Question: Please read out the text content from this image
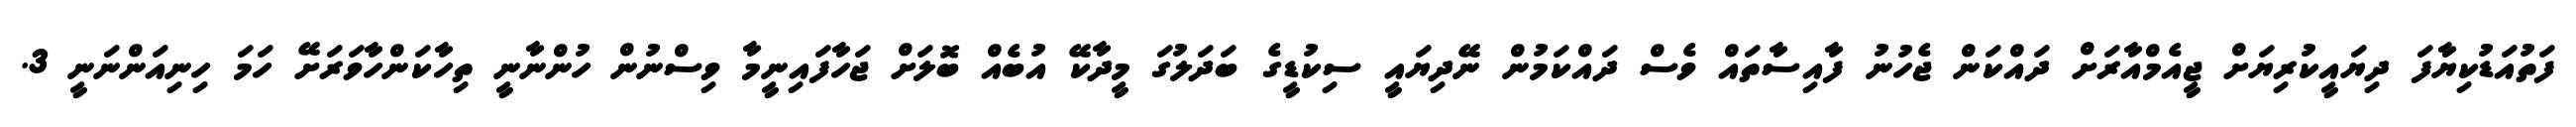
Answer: ފަތުއަޑުކިޔާފަ ދިޔައީކުރިޔަށް ޖީއެމްއާރަށް ދައްކަން ޖެހުނު ފާއިސާތައް ވެސް ދައްކަމުން ނޭދިޔައީ ސިކުޑީގެ ބަދަލުގަ މީދާކޭ އުބެއް ބޮލަށް ޖަހާފައިނީމާ ވިސްނުން ހުންނާނީ ތިހާކަންހާވަރަށޭ ހަމަ ހިނިއަންނަނީ 3.